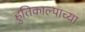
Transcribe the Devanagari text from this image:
हुतिकाल्पाच्या